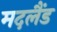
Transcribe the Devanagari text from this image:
मदलैंड